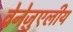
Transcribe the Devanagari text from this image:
वेनेज़ुएलीय